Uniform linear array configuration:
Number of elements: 12
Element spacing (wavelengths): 1
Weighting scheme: hamming
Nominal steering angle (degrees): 60
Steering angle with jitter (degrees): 59.683
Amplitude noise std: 0.05
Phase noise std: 0.05

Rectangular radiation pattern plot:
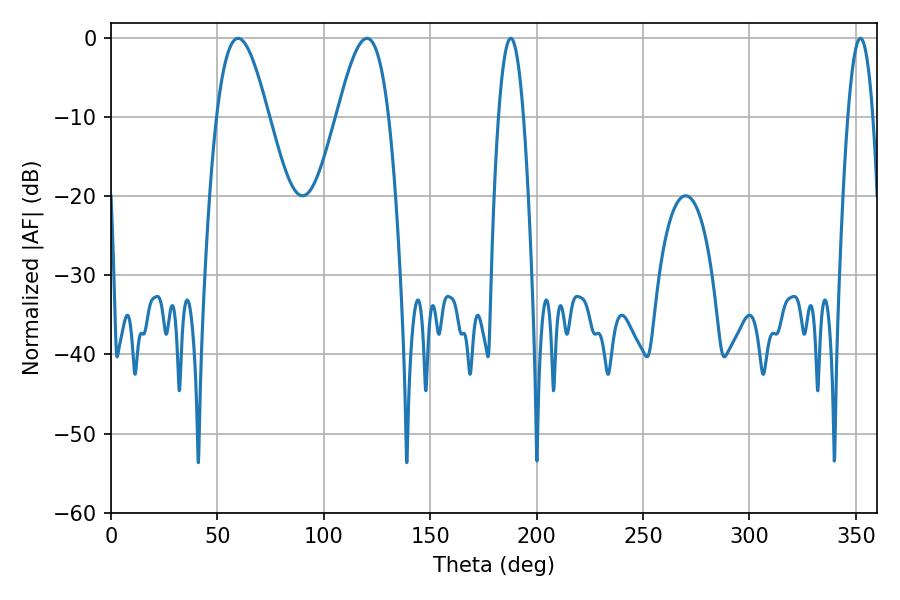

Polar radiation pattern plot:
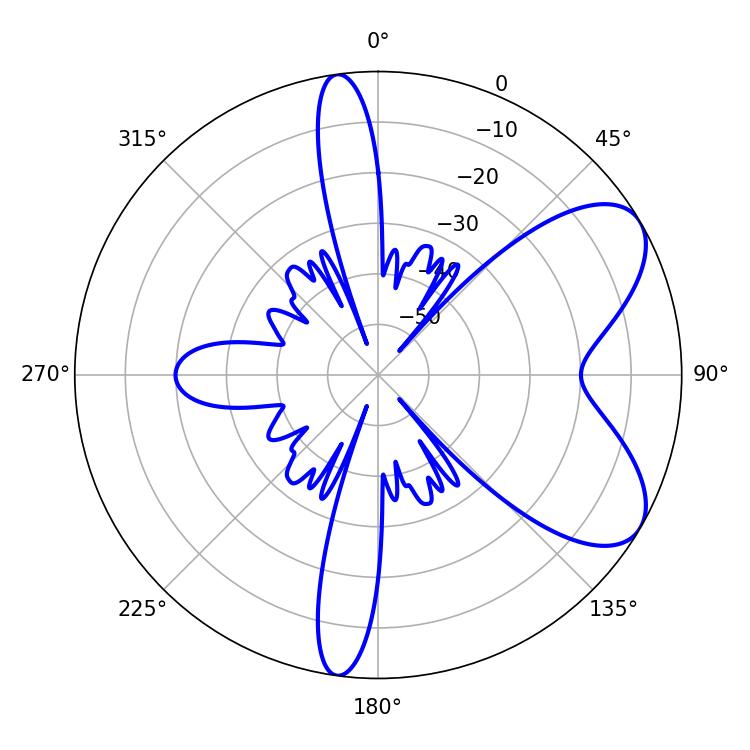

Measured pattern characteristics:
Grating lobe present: TRUE
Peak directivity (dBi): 6.932
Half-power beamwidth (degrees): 13.14
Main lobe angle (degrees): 59.76